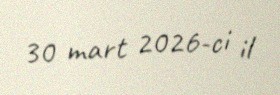
30 mart 2026-ci il